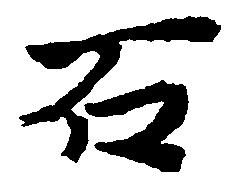
石